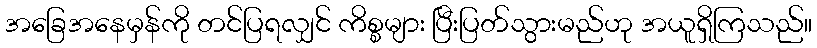
အခြေအနေမှန်ကို တင်ပြရလျှင် ကိစ္စများ ပြီးပြတ်သွားမည်ဟု အယူရှိကြသည်။